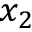
x _ { 2 }